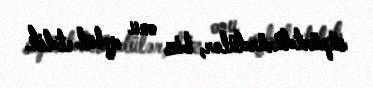
süpürtdürürdülər, biz onu qəbul etdik.